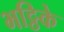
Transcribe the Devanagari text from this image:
भट्ठिके